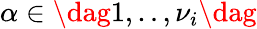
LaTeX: \alpha\in\dag{1,..,\nu_{i}\dag}